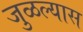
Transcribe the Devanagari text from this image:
जुळल्यास